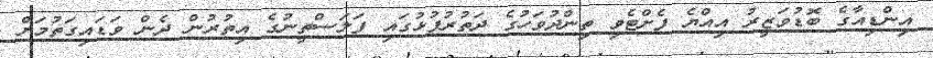
އިންޑިއާގެ ބޮޑުވަޒީރު އިއްޔެ ފެށްޓެވި ތިންދުވަހުގެ ދަތުރުފުޅުގައި ފަލަސްތީނުގެ އިތުރުން ދެން ވަޑައިގަތުމަށް